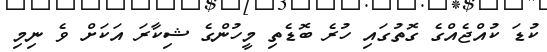
ކުޑަ ކުއްޖެއްގެ ގޮތުގައި ހުރެ ބޮޑެތި މީހުންގެ ޝިކާރަ އަކަށް ވެ ނިމި